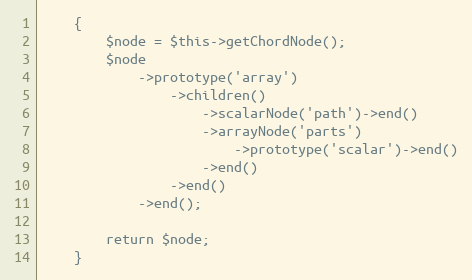
Language: PHP
    {
        $node = $this->getChordNode();
        $node
            ->prototype('array')
                ->children()
                    ->scalarNode('path')->end()
                    ->arrayNode('parts')
                        ->prototype('scalar')->end()
                    ->end()
                ->end()
            ->end();

        return $node;
    }